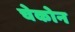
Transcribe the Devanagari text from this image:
चेकोन